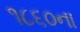
૧૮૬૦ના